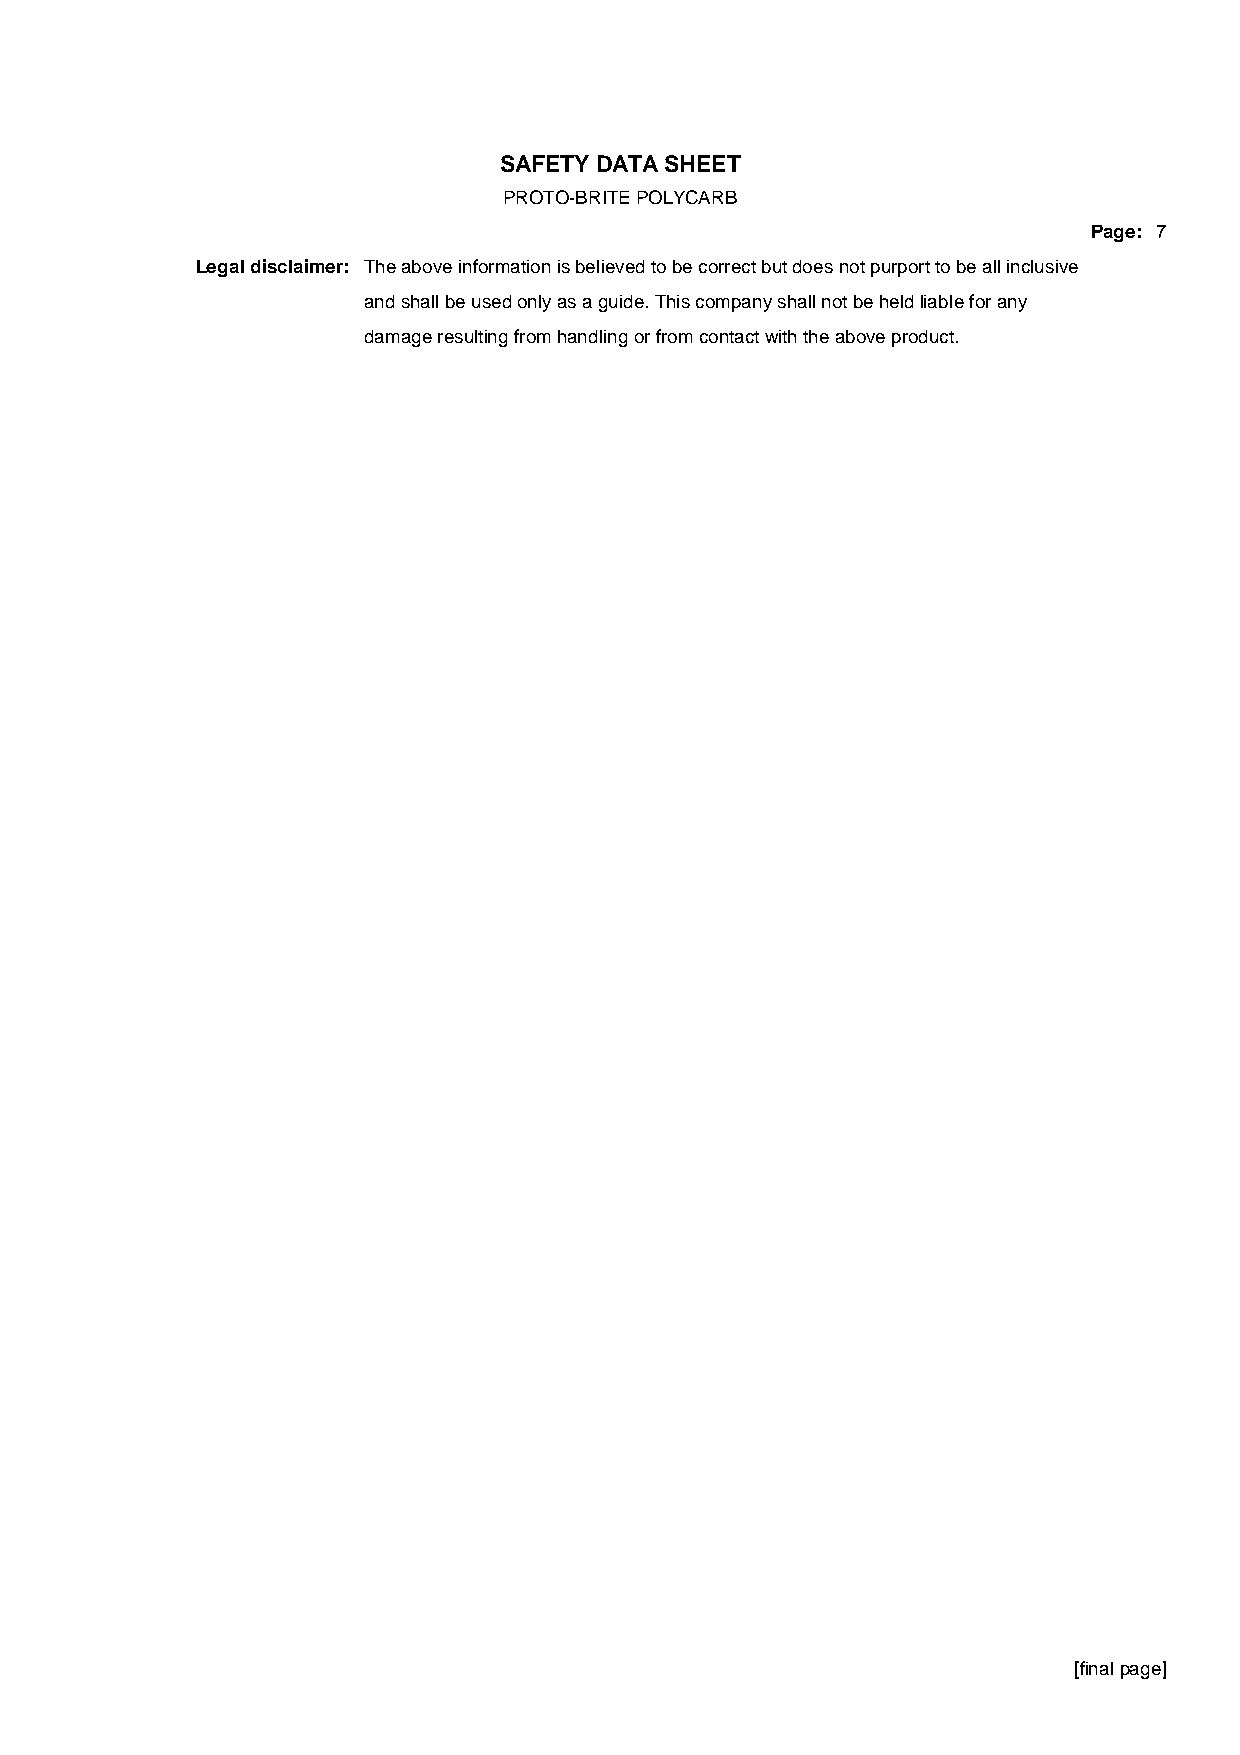
SAFETY DATA SHEET
 PROTO-BRITE POLYCARB
 Page: 7
 Legal disclaimer: The above information is believed to be correct but does not purport to be all inclusive
 and shall be used only as a guide. This company shall not be held liable for any
 damage resulting from handling or from contact with the above product.
 [final page]